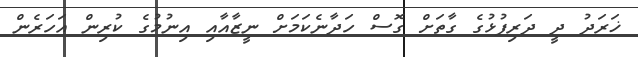
ޚަރަދު ދީ ދަރިފުޅުގެ ގާތަށް ގޮސް ހަދާނެކަމަށް ނީޒާއާއި އިނުމުގެ ކުރިން އަހަރެން